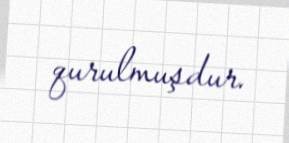
qurulmuşdur.